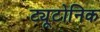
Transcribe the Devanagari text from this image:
ट्यूटोनिक